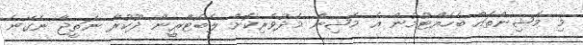
މި މެޝިންތައް ބެހެއްޓުމުން އެ މެޝިން މެދުވެރިކޮށް ލެބޯޓްރީން ދޫކުރާ ނަތީޖާ ނެގޭނެ